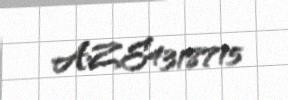
AZE4318715